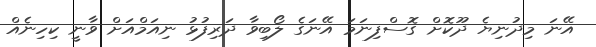
އޭނަ މިދުނިޔެ ދޫކޮށް ގޮސްފިނަމަ އޭނަގެ ލޯބިވާ ދަރިފުޅު ނިއަމްއަށް ވާނީ ކިހިނެއް